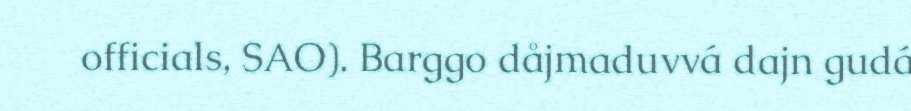
officials, SAO). Barggo dåjmaduvvá dajn gudá